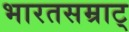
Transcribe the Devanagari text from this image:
भारतसम्राट्